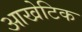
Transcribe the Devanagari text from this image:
आखेटिक